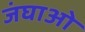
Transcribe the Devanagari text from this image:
जंघाओ